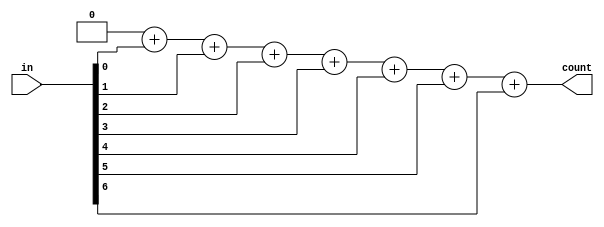
module ones(output [2:0]count ,input [6:0]in);
	reg [2:0]temp;
	integer i;
	assign count = temp;
	always@(in) begin
	temp = 0;
	for (i=0;i<7;i=i+1) begin
		temp = temp + in[i];
	end
	end
	
endmodule